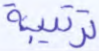
ترتيبة